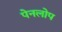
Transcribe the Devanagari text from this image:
पेनलोप